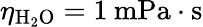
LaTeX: \eta_{\mathrm{H_{2}O}}=1\: \mathrm{mPa\cdot s}